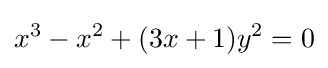
x^{3}-x^{2}+(3x+1)y^{2}=0